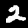
Digit: 2